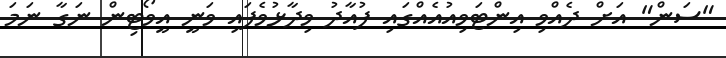
"ސަން" އަށް ދެއްވި އިންޓަވިއުއެއްގައި ފުއާދު ވިދާޅުވެފައި ވަނީ އީވޯޓިން ނަގާ ނަމަ